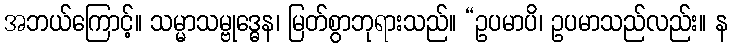
အဘယ်ကြောင့်။ သမ္မာသမ္ဗုဒ္ဓေန၊ မြတ်စွာဘုရားသည်။ “ဥပမာပိ၊ ဥပမာသည်လည်း။ န